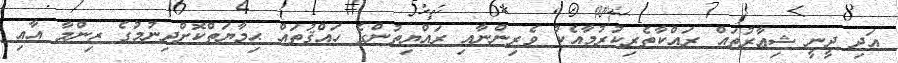
އަދި ދީނީ ޝިޢާރުތައް ރައްކާތެރިކުރުމާއެކު ވެރިންނާއި ރައްޔިތުންގެ ހައްޤުތައް ޙިމާޔަތްކޮށްދިނުމުގެ ޒިންމާ އާއި